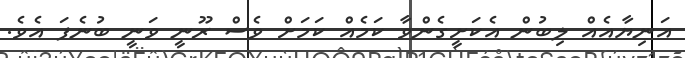
އަނިޔާއެއް ލިބުން އެކަށީގެންވާ ކަމެއް ކަމަށް ވެސް ރޫނީ ވަނީ ބުނެފަ އެވެ.